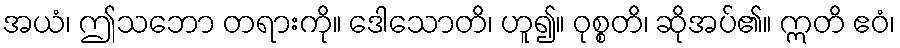
အယံ၊ ဤသဘော တရားကို။ ဒေါသောတိ၊ ဟူ၍။ ဝုစ္စတိ၊ ဆိုအပ်၏။ ဣတိ ဧဝံ၊